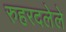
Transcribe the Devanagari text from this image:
रुहरदलेले